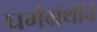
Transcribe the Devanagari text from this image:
घर्मग्रंथींचे